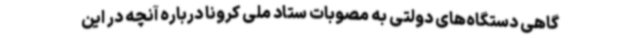
گاهی دستگاه‌های دولتی به مصوبات ستاد ملی کرونا درباره آنچه در این